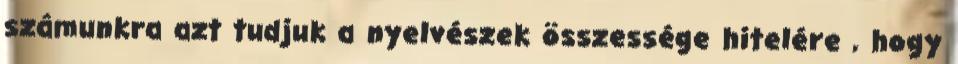
számunkra azt tudjuk a nyelvészek összessége hitelére , hogy